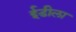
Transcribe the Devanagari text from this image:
ईडीला